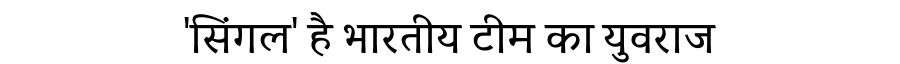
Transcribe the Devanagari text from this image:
'सिंगल' है भारतीय टीम का युवराज